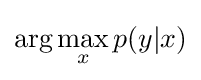
\arg \max _{x}p(y|x)